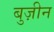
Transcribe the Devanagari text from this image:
बुज़ीन